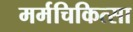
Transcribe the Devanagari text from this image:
मर्मचिकित्सा